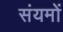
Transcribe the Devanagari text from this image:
संयमों